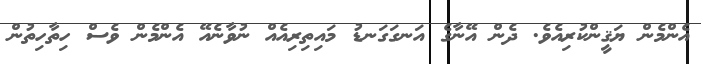
އެންމެން ޔަޤީންކުރިއެވެ. ދެން އޭނާގެ އަނގަގަނޑު މައިތިރިއެއް ނުވާނެއޭ އެންމެން ވެސް ހިތާހިތުން